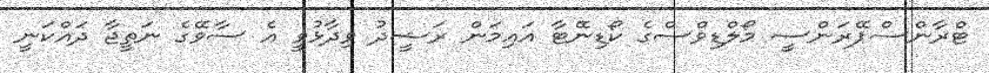
ޓްރާންސްޕޭރަންސީ މޯލްޑިވްސްގެ ކޯޑިނޭޓާ އައިމަން ރަޝީދު ވިދާޅުވީ އެ ސާވޭގެ ނަތީޖާ ދައްކަނީ